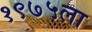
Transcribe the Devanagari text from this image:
१९७५ला